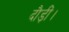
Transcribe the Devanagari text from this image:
दौड़ीं।